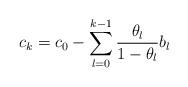
LaTeX: \begin{align*}c_k = c_0 - \sum_{l=0}^{k-1} \frac{\theta_l}{1-\theta_l}b_l\end{align*}